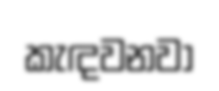
කැඳවනවා